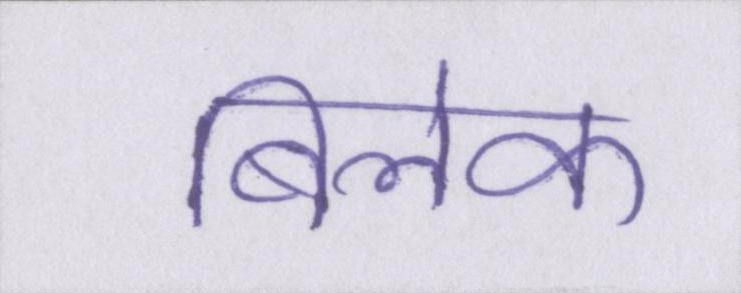
बिलेक